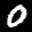
Label: 0